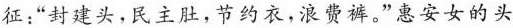
征：”封建头，民主肚，节约衣，浪费裤。”惠安女的头